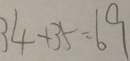
3 4 + 3 5 = 6 9